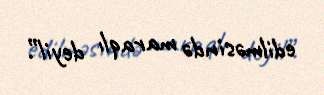
edilməsində maraqlı deyil”.